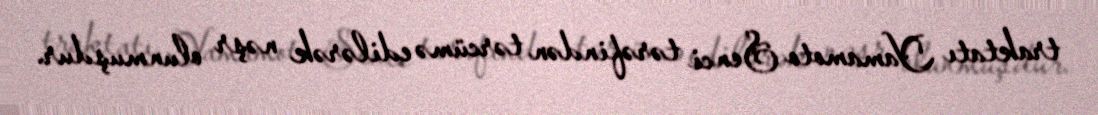
traktatı Yamamoto Senci tərəfindən tərcümə edilərək nəşr olunmuşdur.